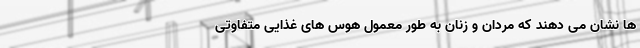
ها نشان می دهند که مردان و زنان به طور معمول هوس های غذایی متفاوتی